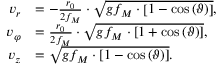
\begin{array} { r l } { v _ { r } } & { = - \frac { r _ { 0 } } { 2 f _ { M } } \cdot \sqrt { g f _ { M } \cdot \left[ 1 - \cos \left( \vartheta \right) \right] } , } \\ { v _ { \varphi } } & { = \frac { r _ { 0 } } { 2 f _ { M } } \cdot \sqrt { g f _ { M } \cdot \left[ 1 + \cos \left( \vartheta \right) \right] } , } \\ { v _ { z } } & { = \sqrt { g f _ { M } \cdot \left[ 1 - \cos \left( \vartheta \right) \right] } . } \end{array}